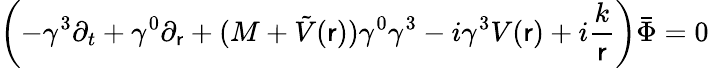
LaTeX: \left(-\gamma^{3}\partial_{t}+\gamma^{0}\partial_{\mathsf{r}}+(M+\tilde{{V}}(\mathsf{r}))\gamma^{0}\gamma^{3}-i\gamma^{3}V(\mathsf{r})+i\frac{k}{\mathsf{r}}\right)\bar{{\Phi}}=0